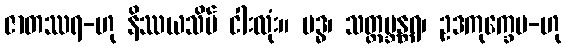
ဇာတဿရ-ဟု နိဿယသိမ် ငါးလုံး။ ဗဒ္ဓ၊ သတ္တဗ္ဘန္တရ၊ ဥဒကုက္ခေပ-ဟု